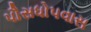
પૌસધોપવાસ